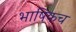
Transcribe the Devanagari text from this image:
भाषिकच